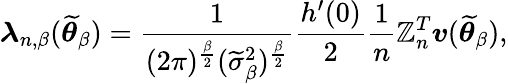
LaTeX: \boldsymbol{\lambda}_{n,\beta}(\widetilde{\boldsymbol{\theta}}_{\beta})=\frac{1}{(2\pi)^{\frac{\beta}{2}}(\widetilde{\sigma}_{\beta}^{2})^{\frac{\beta}{2}}}\frac{h^{\prime}(0)}{2}\frac{1}{n}\mathbb{Z}_{n}^{T}\boldsymbol{v}(\widetilde{\boldsymbol{\theta}}_{\beta}),